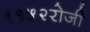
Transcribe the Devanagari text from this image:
१९५२रोजी